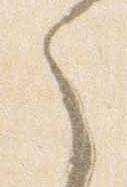
之